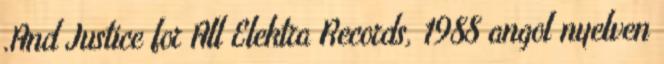
.And Justice for All Elektra Records, 1988 angol nyelven